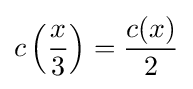
c\left({\frac {x}{3}}\right)={\frac {c(x)}{2}}